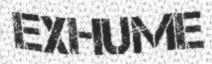
EXHUME